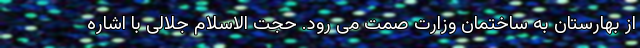
از بهارستان به ساختمان وزارت صمت می رود. حجت الاسلام جلالی با اشاره